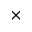
\times